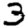
Digit: 3